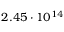
2 . 4 5 \cdot 1 0 ^ { 1 4 }